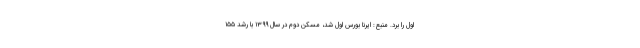
اول را برد. منبع: ایرنا بورس اول شد، مسکن دوم در سال ۱۳۹۹ با رشد ۱۵۵